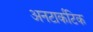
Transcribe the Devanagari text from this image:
अनटार्कटिक